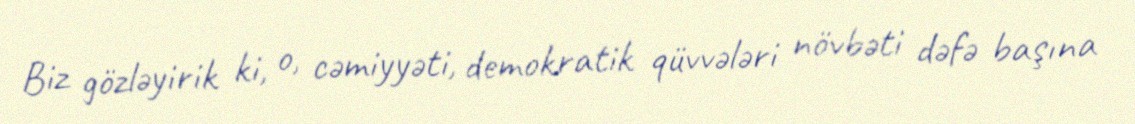
Biz gözləyirik ki, o, cəmiyyəti, demokratik qüvvələri növbəti dəfə başına